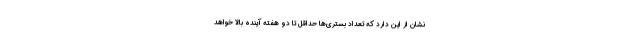
نشان از این دارد که تعداد بستری‌ها حداقل تا دو هفته آینده بالا خواهد